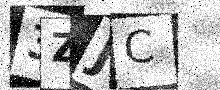
Text: 3ZJC